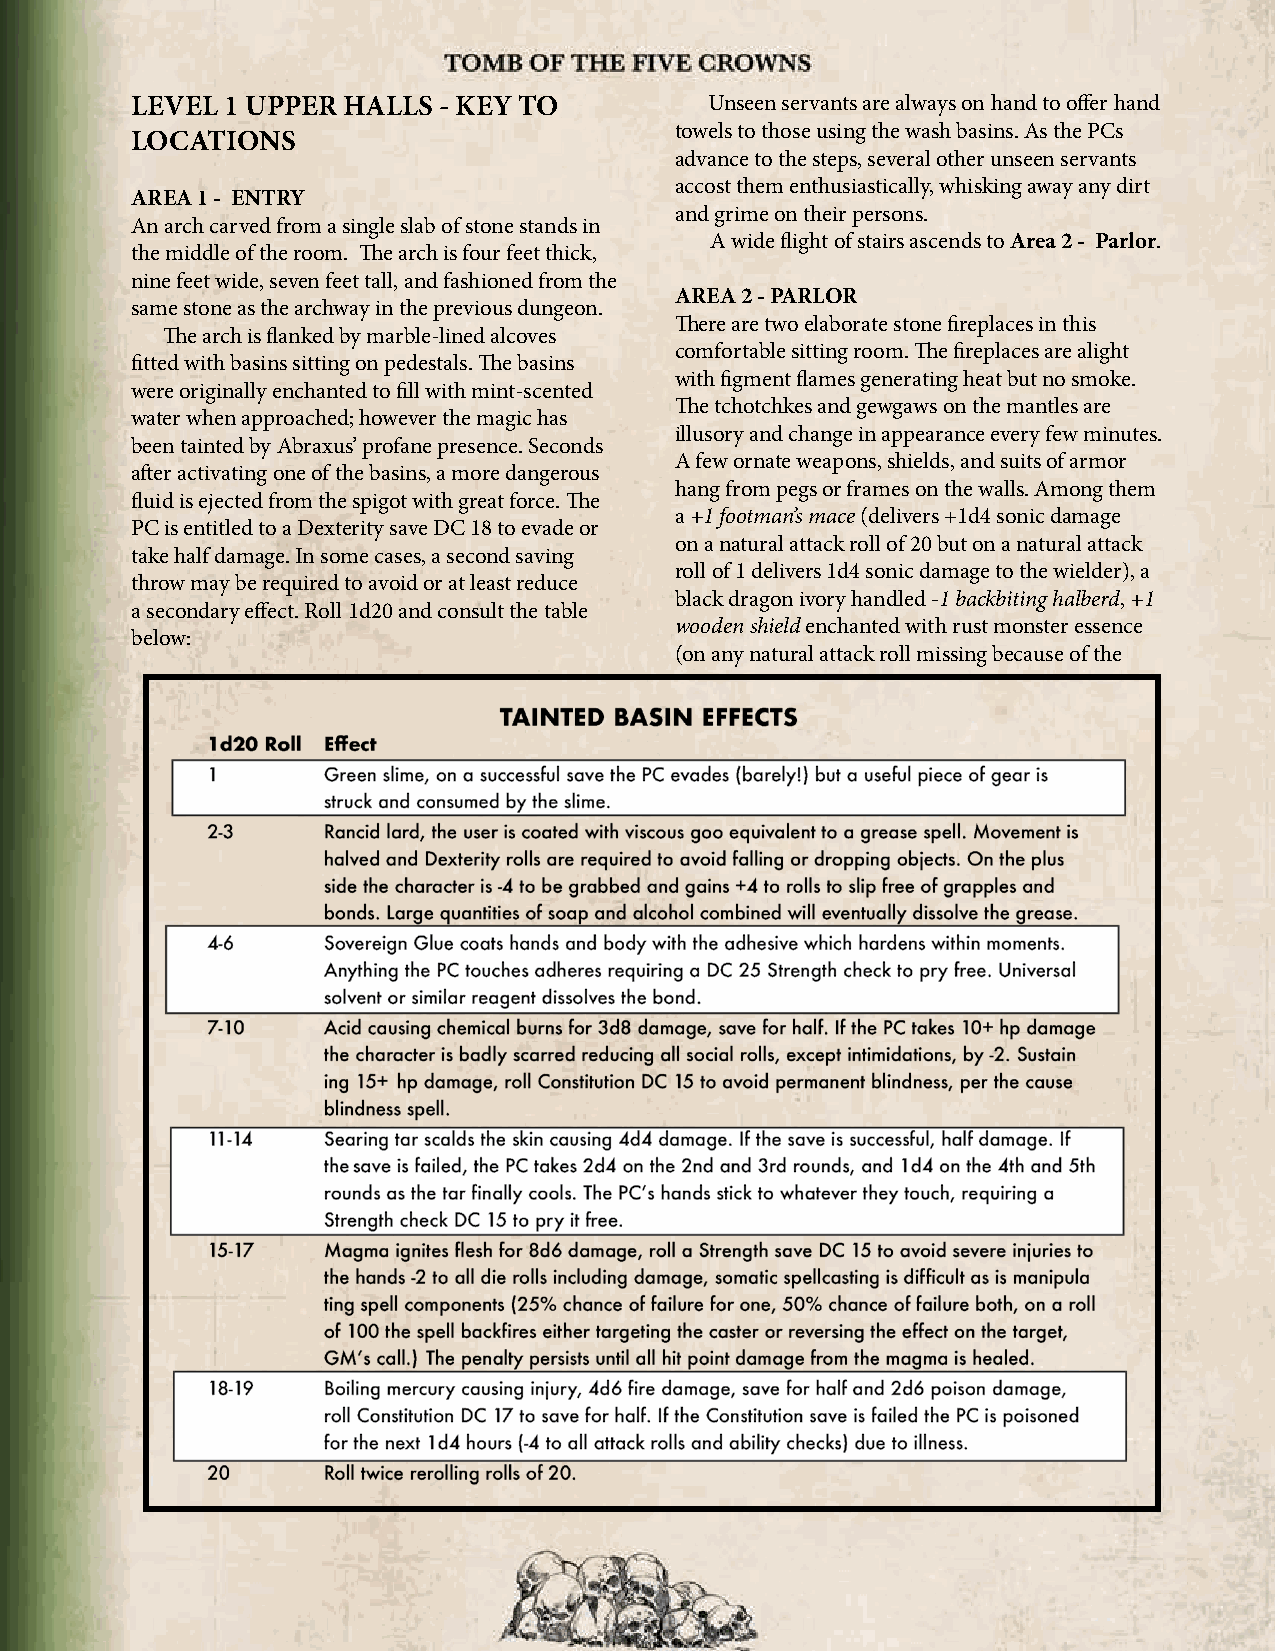
TOMB          OF    THE        FIVE      CROWNS
 LEVEL 1 UPPER HALLS - KEY TO          Unseen servants are always on hand to offer hand
 towels to those using the wash basins. As the PCs
 LOCATIONS
 advance to the steps, several other unseen servants
 accost them enthusiastically, whisking away any dirt
 AREA 1 - ENTRY
 and grime on their persons.
 An arch carved from a single slab of stone stands in
 A wide flight of stairs ascends to Area 2 - Parlor.
 the middle of the room. The arch is four feet thick,
 nine feet wide, seven feet tall, and fashioned from the
 AREA 2 - PARLOR
 same stone as the archway in the previous dungeon.
 There are two elaborate stone fireplaces in this
 The arch is flanked by marble-lined alcoves
 comfortable sitting room. The fireplaces are alight
 fitted with basins sitting on pedestals. The basins
 with figment flames generating heat but no smoke.
 were originally enchanted to fill with mint-scented
 The tchotchkes and gewgaws on the mantles are
 water when approached; however the magic has
 illusory and change in appearance every few minutes.
 been tainted by Abraxus’ profane presence. Seconds
 A few ornate weapons, shields, and suits of armor
 after activating one of the basins, a more dangerous
 hang from pegs or frames on the walls. Among them
 fluid is ejected from the spigot with great force. The
 a +1 footman’s mace (delivers +1d4 sonic damage
 PC is entitled to a Dexterity save DC 18 to evade or
 on a natural attack roll of 20 but on a natural attack
 take half damage. In some cases, a second saving
 roll of 1 delivers 1d4 sonic damage to the wielder), a
 throw may be required to avoid or at least reduce
 black dragon ivory handled -1 backbiting halberd, +1
 a secondary effect. Roll 1d20 and consult the table
 wooden shield enchanted with rust monster essence
 below:
 (on any natural attack roll missing because of the